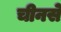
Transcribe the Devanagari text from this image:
चीनसे